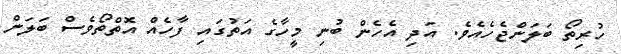
ހުރިތޯ ބަލަންޖެހެއެވެ. އަދި އެހެން ބުނި މީހާގެ އަތުގައި ފާހެއް އޮތްތޯވެސް ބަލަން